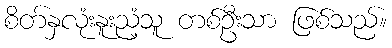
စိတ်နှလုံးနူးညံ့သူ တစ်ဦးသာ ဖြစ်သည်။